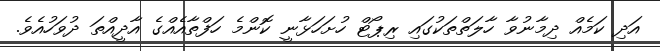
އަދި ކަމެއް ދިމާނުވާ ހާލަތްތަކުގައި ރިޕޯޓް ހުށަހަޅާނީ ކޮންމެ ހަފްތާއެއްގެ އާދީއްތަ ދުވަހުއެވެ.